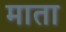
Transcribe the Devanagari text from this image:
माता